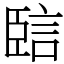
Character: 䛗